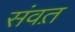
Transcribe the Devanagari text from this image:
संवत़